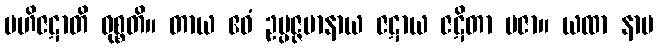
ဗဟိဇဋာတိ ဝုစ္စတိ။ တာယ ဧဝံ ဥပ္ပဇ္ဇမာနာယ ဇဋာယ ဇဋိတာ ပဇာ။ ယထာ နာမ